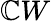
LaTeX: \mathbb{C}W